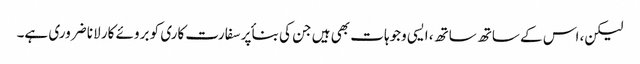
لیکن، اس کے ساتھ ساتھ، ایسی وجوہات بھی ہیں جن کی بناٴ پر سفارت کاری کو بروئے کار لانا ضروری ہے۔